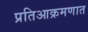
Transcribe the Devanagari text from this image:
प्रतिआक्रमणात